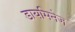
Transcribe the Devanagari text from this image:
डायमिनेज